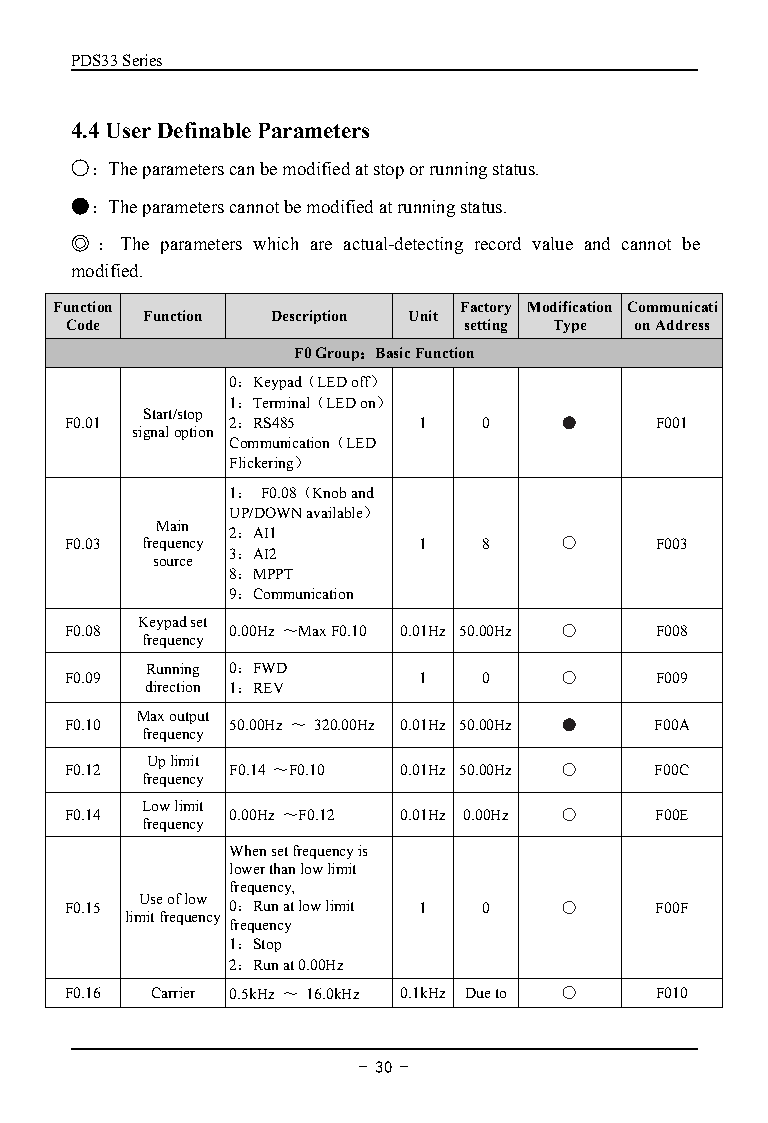
PDS33Series
 4.4UserDefinableParameters
 ○：Theparameterscanbemodifiedatstoporrunningstatus.
 ●：Theparameterscannotbemodifiedatrunningstatus.
 ◎：The parameters which are actual-detecting record value and cannot be
 modified.
 Function                  Factory Modification Communicati
 Function Description Unit
 Code                       setting Type onAddress
 F0Group：BasicFunction
 0：Keypad（LEDoff）
 1：Terminal（LEDon）
 Start/stop
 F0.01      2：RS485      1   0    ●     F001
 signaloption
 Communication（LED
 Flickering）
 1： F0.08（Knoband
 UP/DOWNavailable）
 Main 2：AI1
 F0.03 frequency         1   8    ○     F003
 3：AI2
 source
 8：MPPT
 9：Communication
 Keypadset
 F0.08      0.00Hz ～MaxF0.10 0.01Hz 50.00Hz ○ F008
 frequency
 Running 0：FWD
 F0.09                   1   0    ○     F009
 direction 1：REV
 F0.10 Maxoutput 50.00Hz ～ 320.00Hz 0.01Hz 50.00Hz ● F00A
 frequency
 F0.12 Uplimit F0.14 ～F0.10 0.01Hz 50.00Hz ○ F00C
 frequency
 Lowlimit
 F0.14      0.00Hz ～F0.12 0.01Hz 0.00Hz ○ F00E
 frequency
 Whensetfrequencyis
 lowerthanlowlimit
 frequency,
 F0.15 Useoflow 0：Runatlowlimit 1 0 ○   F00F
 limitfrequency
 frequency
 1：Stop
 2：Runat0.00Hz
 F0.16 Carrier 0.5kHz ～ 16.0kHz 0.1kHz Dueto ○ F010
 - 30 -